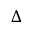
\Delta